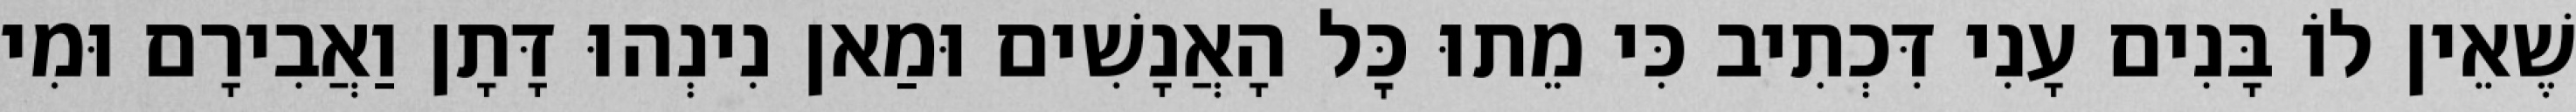
שֶׁאֵין לוֹ בָּנִים עָנִי דִּכְתִיב כִּי מֵתוּ כׇּל הָאֲנָשִׁים וּמַאן נִינְהוּ דָּתָן וַאֲבִירָם וּמִי